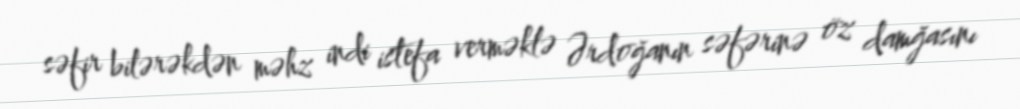
səfir bilərəkdən məhz indi istefa verməklə Ərdoğanın səfərinə öz damğasını